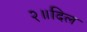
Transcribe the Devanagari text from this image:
२॥दिल